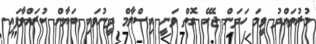
މުރުތައްދު ވީމަ ހަދަން ޖެހޭ ގޮތް ވަނީ އިސްލާމް ދީނުވައި ބަޔާން ކުރައްވާފައި.